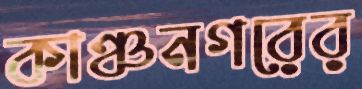
কাঞ্চনগরের